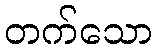
တက်သော